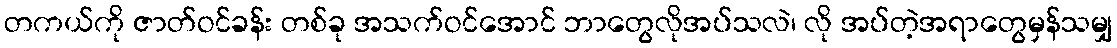
တကယ်ကို ဇာတ်ဝင်ခန်း တစ်ခု အသက်ဝင်အောင် ဘာတွေလိုအပ်သလဲ၊ လို အပ်တဲ့အရာတွေမှန်သမျှ